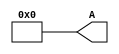
module constant_value #(parameter W=8, V=0) (A);

	output reg [W-1:0] A; // output bus
	
	always@* 
	begin
	A = V; // GENERATE BINARY EQUIVALENT OF DECIMAL PARAMETER
	end
	
endmodule